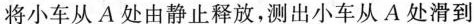
将小车从A处由静止释放，测出小车从A处滑到